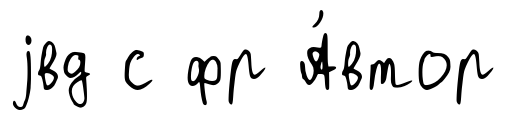
jвд с фр А́втор